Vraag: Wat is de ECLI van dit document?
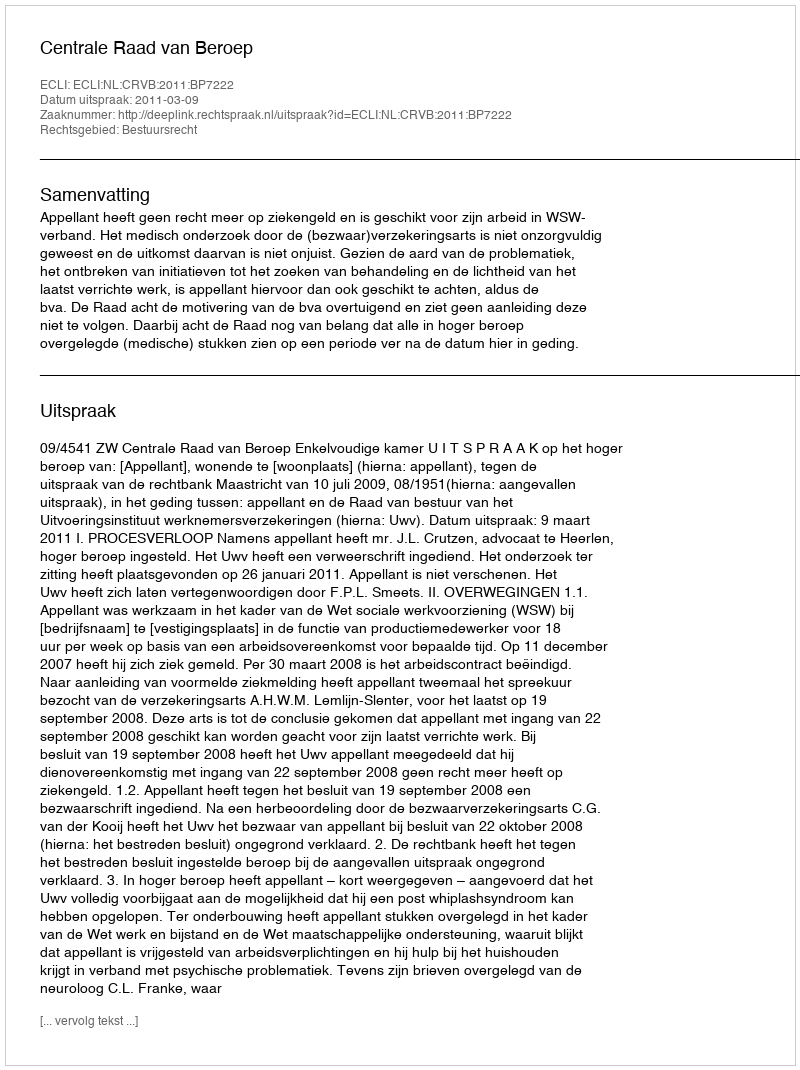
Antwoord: ECLI:NL:CRVB:2011:BP7222